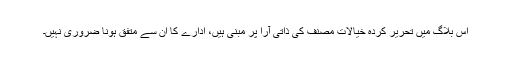
اس بلاگ میں تحریر کردہ خیالات مصنف کی ذاتی آرا پر مبنی ہیں، ادارے کا ان سے متفق ہونا ضروری نہیں۔